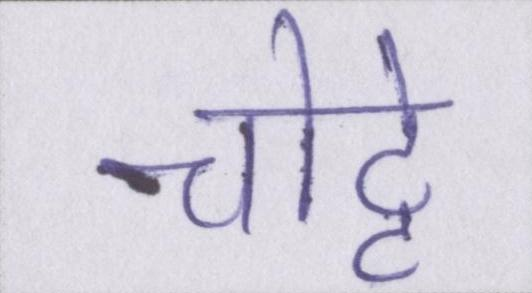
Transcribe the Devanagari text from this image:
चोट्टे